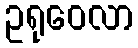
ဥရုဝေလာ